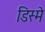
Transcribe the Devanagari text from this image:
डिस्मे